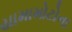
યામામોટોના